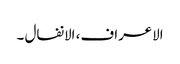
الاعراف، الانفال ۔